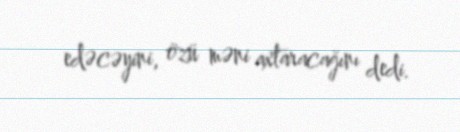
edəcəyini, özü məni axtaracağını dedi.